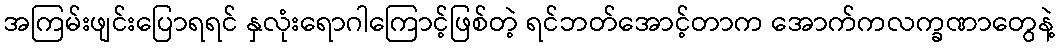
အကြမ်းဖျင်းပြောရရင် နှလုံးရောဂါကြောင့်ဖြစ်တဲ့ ရင်ဘတ်အောင့်တာက အောက်ကလက္ခဏာတွေနဲ့